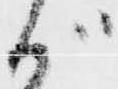
が